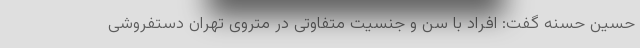
حسین حسنه گفت: افراد با سن و جنسیت متفاوتی در متروی تهران دستفروشی